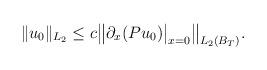
LaTeX: \begin{align*}\|u_0\|_{L_2} \leq c \bigl\|\partial_x(Pu_0)\big|_{x=0}\bigr\|_{L_2(B_T)}.\end{align*}